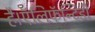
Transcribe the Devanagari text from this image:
है।ऍलिफ़ॅन्टिडी